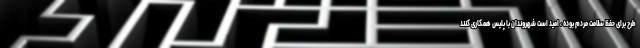
طرح برای حفظ سلامت مردم بوده ، امید است شهروندان با پلیس همکاری کنند